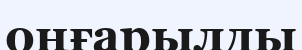
оңғарылды